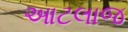
આટલાજ